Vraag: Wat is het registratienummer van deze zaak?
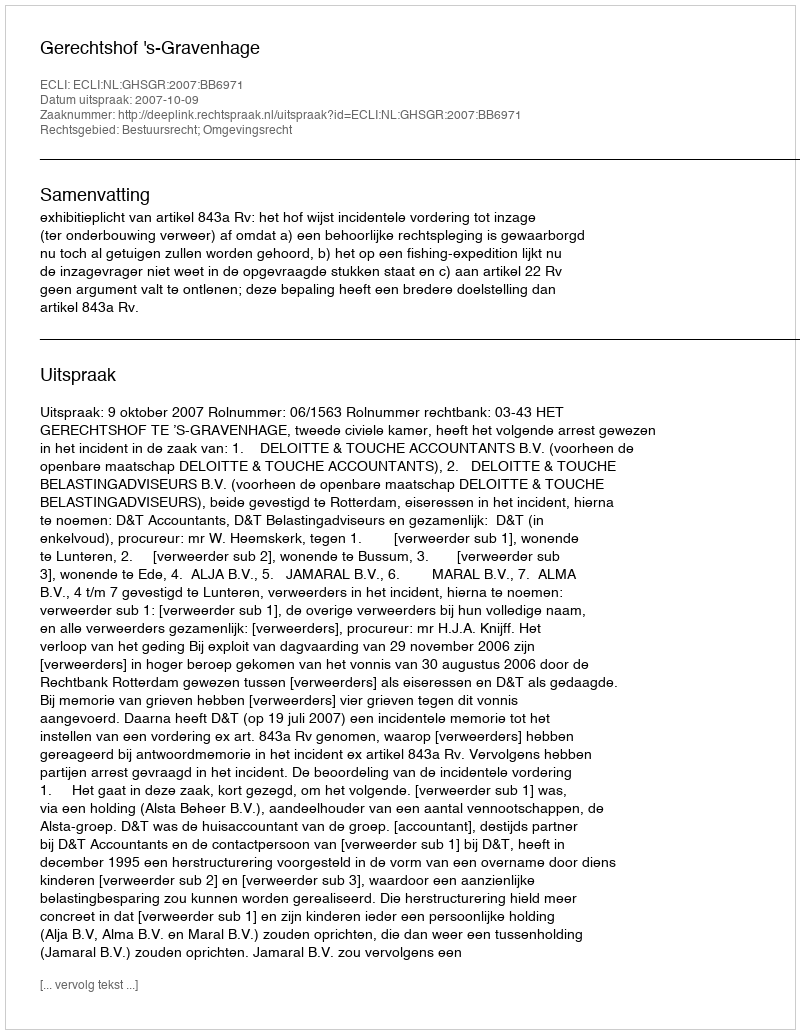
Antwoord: http://deeplink.rechtspraak.nl/uitspraak?id=ECLI:NL:GHSGR:2007:BB6971